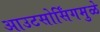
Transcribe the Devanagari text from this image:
आउटसोर्सिंगमुळे